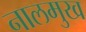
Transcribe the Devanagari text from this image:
नालमुख